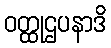
ဝတ္ထုဌပနာဒိ